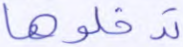
تدخلوها